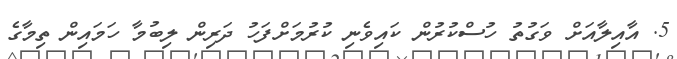
5. އާއިލާއަށް ވަގުތު ހުސްކުރުން ކައިވެނި ކުރުމަށްފަހު ދަރިން ލިބުމާ ހަމައިން ތިމާގެ